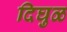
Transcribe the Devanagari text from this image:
दिघुळ